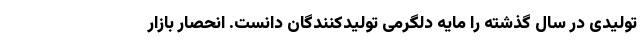
تولیدی در سال گذشته را مایه دلگرمی تولیدکنندگان دانست. انحصار بازار